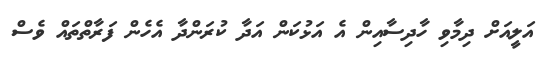
އަލީއަށް ދިމާވި ހާދިސާއިން އެ އަޅުކަން އަދާ ކުރަންދާ އެހެން ފަރާތްތައް ވެސް